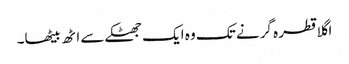
اگلا قطرہ گرنے تک وہ ایک جھٹکے سے اٹھ بیٹھا۔